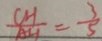
\frac { C H } { A H } = \frac { 3 } { 5 }